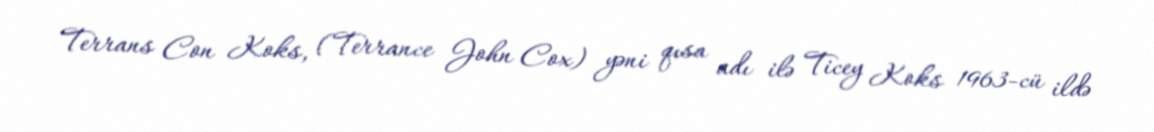
Terrans Con Koks, (Terrance John Cox) yəni qısa adı ilə Ticey Koks 1963-cü ildə